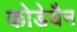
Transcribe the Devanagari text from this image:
कोडेयैन